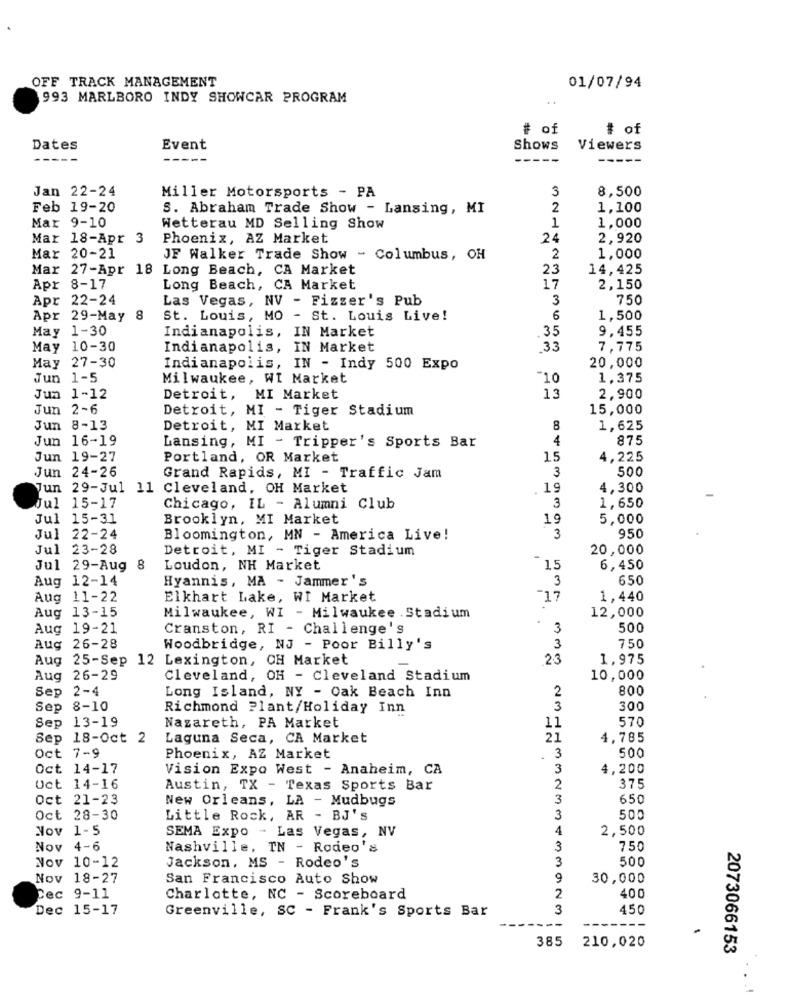
OFF TRACK MANAGEMENT
01/07/94
993 MARLBORO INDY SHOWCAR PROGRAM
..
# of
# of
Dates
Event
Shows
Viewers
Jan 22-24
Miller Motorsports - PA
3
8,500
Feb 19-20
S. Abraham Trade Show - Lansing, MI
2
1,100
Mar 9-10
Wetterau MD Selling Show
1
1,000
Mar 18-Apr 3
Phoenix, AZ Market
24
2,920
Mar 20-21
JF Walker Trade Show - Columbus, OH
2
1,000
Mar 27-Apr 18 Long Beach, CA Market
23
14,425
Apr 8-17
Long Beach, CA Market
17
2,150
Apr 22-24
Las Vegas, NV - Fizzer's Pub
3
750
Apr 29-May 8
St. Louis, MO - St. Louis Live!
6
1,500
May 1-30
Indianapolis, IN Market
35
9,455
May 10-30
Indianapolis, IN Market
33
7,775
May 27-30
Indianapolis, IN - Indy 500 Expo
20,000
Jun 1-5
Milwaukee, WI Market
1,375
Jun 1-12
Detroit, MI Market
13
2,900
Jun 2-6
Detroit, MI - Tiger Stadium
15,000
Jun 8-13
Detroit, MI Market
8
1,625
Jun 16-19
Lansing, MI - Tripper's Sports Bar
4
875
Jun 19-27
Portland, OR Market
15
4,225
Jun 24-26
3
500
Grand Rapids, MI - Traffic Jam
Jun 29-Jul 11 Cleveland, OH Market
.19
4,300
3
Jul 15-17
Chicago, IL - Alumni Club
1,650
Jul 15-31
Brooklyn, MI Market
19
5,000
Jul 22-24
Bloomington, MN - America Live!
3
950
Jul 23-28
Detroit, MI - Tiger Stadium
20,000
Jul 29-Aug 8
Loudon, NH Market
15
6,450
Aug 12-14
Hyannis, MA - Jammer's
3
650
Aug 11-22
Elkhart Lake, WI Market
"17
1,440
Aug 13-15
12,000
Milwaukee, WI - Milwaukee . Stadium
Aug 19-21
Cranston, RI - Challenge's
3
500
Aug 26-28
Woodbridge, NJ - Poor Billy's
3
750
Aug
25-Sep 12 Lexington, CH Market
2.3
1,975
Aug 26-29
Cleveland, OH - Cleveland Stadium
10,000
Sep 2-4
2
800
Long Island, NY - Oak Beach Inn
Sep
8-10
Richmond Plant/Holiday Inn
3
300
Sep 13-19
Nazareth, PA Market
570
11
Sep 18-Oct 2
Laguna Seca, CA Market
21
4,785
Oct 7-9
Phoenix, AZ Market
3
500
Oct 14-17
Vision Expo West - Anaheim, CA
3
4,200
Oct 14-16
Austin, TX - Texas Sports Bar
2
375
Oct 21-23
New Orleans, LA - Mudbugs
3
650
Oct 28-30
Little Rock, AR - BJ'S
3
50
Nov 1-5
SEMA Expo - Las Vegas, NV
4
2,500
Nov 4-6
Nashville, TN - Rodeo's
3
750
500
Nov 10-12
Jackson, MS - Rodeo's
Nov 18-27
San Francisco Auto Show
9
30,000
2
Cec 9-11
Charlotte, NC - Scoreboard
400
Dec 15-17
Greenville, SC - Frank's Sports Bar
3
450
---
385
210,020
2073066153